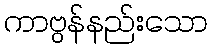
ကာဗွန်နည်းသော